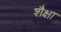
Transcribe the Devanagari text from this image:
शैक्षा